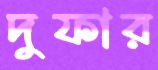
দুফার